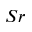
S r